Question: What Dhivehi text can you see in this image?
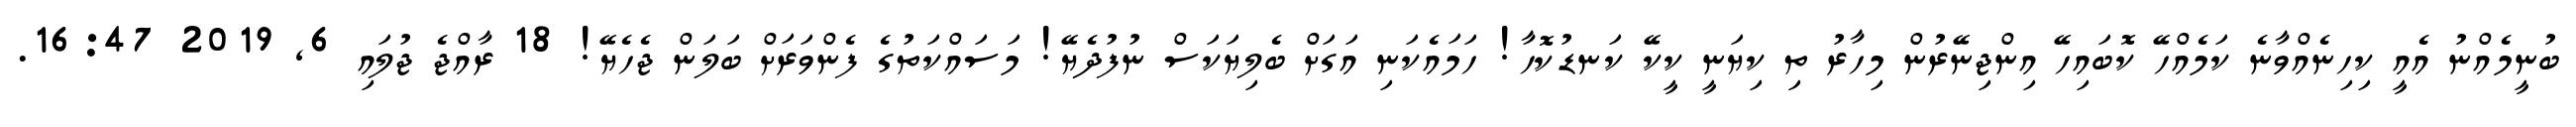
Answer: ބުނީމެއްނު އެއީ ކިހިނެއްވާނެ ކަމެއްހޭ ކޮބައިހޭ އިންޖިނޭރުން މިހާރު ތި ކިޔަނީ ކީކޭ ކަނޑުކޮހާ! ހަމައެކަނި އަގަށް ބެލިޔަކަސް ނުފުދެޔޭ! މަސައްކަތުގެ ފެންވަރަށް ބަލަން ޖެހެޔޭ! 18 ރާއްޖެ ޖުލައި 6, 2019 16:47.